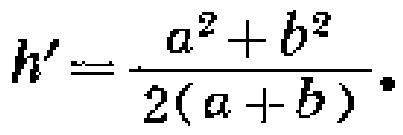
\[h' = \frac{a^{2}+b^{2}}{2(a + b)} \]